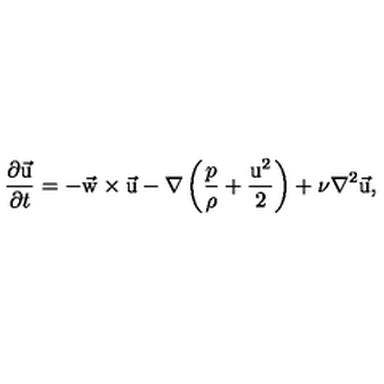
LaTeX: { \frac { \partial \vec { \mathrm { u } } } { \partial t } } = - \vec { \mathrm { w } } \times \vec { \mathrm { u } } - \nabla \left( { \frac { p } { \rho } } + { \frac { \mathrm { u } ^ { 2 } } { 2 } } \right) + \nu \nabla ^ { 2 } \vec { \mathrm { u } } ,